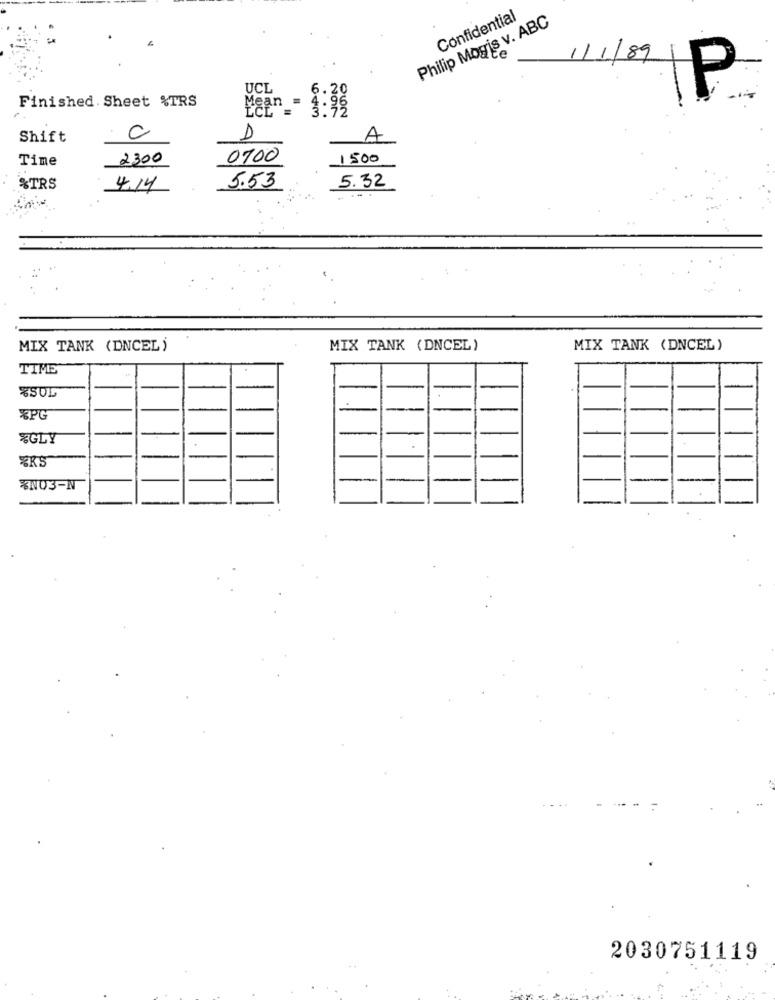
Philip Mogis v. ABC
Confidential
1/1/89
UCL
6.20
P
Finished. Sheet %TRS
Mean =
3:39
C
Shift
D
A
Time
2300
0100
1500
&TRS
4.14
5.53
5.32
MIX TANK (DNCEL )
MIX TANK (DNCEL)
MIX TANK (DNCEL)
TIME
%SUL
%PG
%GLY
-
%NO3-N
2030751119